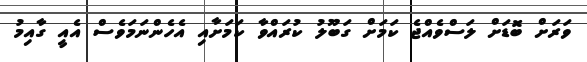
ވަރަށް ބޮޑަށް ލަސްވެއްޖެ ކަމަށް ގަބޫލު ކުރައްވާ ކަމަށާއި އެހެންނަމަވެސް އެއީ ގާއިމު